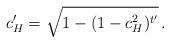
LaTeX: \begin{align*} c'_H = \sqrt{1 - (1-c^2_H)^{t'}} \, .\end{align*}